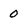
Character: 0